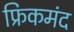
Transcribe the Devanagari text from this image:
फ्रिकमंद